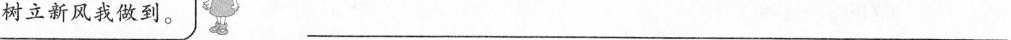
树立新风我做到。 ___